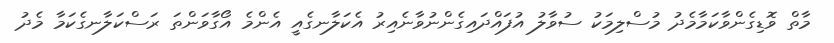
މާތް ވޮޑިގެންވާކަމާމެދު މުސްލިމަކު ސުވާލު އުފައްދައިގެންނުވާނެއިރު އެކަލާނގެއީ އެންމެ އޯގާވަންތަ ރަސްކަލާނގެކަމާ މެދު